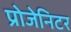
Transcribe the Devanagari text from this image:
प्रोजेनिटर